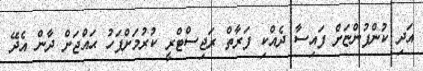
އަދި ކުންފުންޏަށް ފައިސާ ދެއްކި ފަރާތް ރަޖިސްޓްރީ ކުރުމަށްފަހު ޙައްޖަށް ދާން އެދޭ